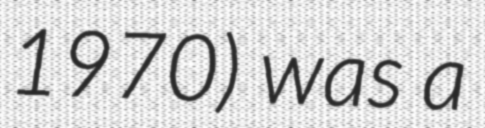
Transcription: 1970) was a